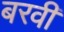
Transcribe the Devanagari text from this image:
बरवी